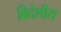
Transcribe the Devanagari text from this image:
विदेशीय